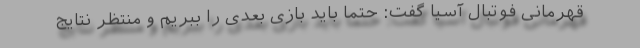
قهرمانی فوتبال آسیا گفت: حتما باید بازی بعدی را ببریم و منتظر نتایج